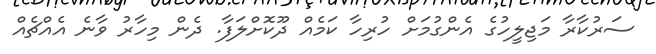
ސަރުކާރާ މަޖިލީހުގެ އެންގުމަށް ހުރިހާ ކަމެއް ދޫކޮށްލަފާ. ދެން މިހާރު ވާނެ އެއްޗެއް